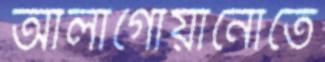
আলাগোয়ানোতে